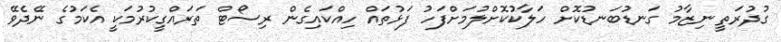
ގުދުރަތީ ނިޒާމު ގަނޑުބަނޑުކޮށް ހަލާކުކޮށްލުމަށްފަހު ފަޅުތައް ހިއްކައިގެން ރިސޯޓް ތަރައްގީކުރުމަކީ އެކަމުގެ ނޭދެވޭ